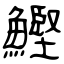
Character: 鰹